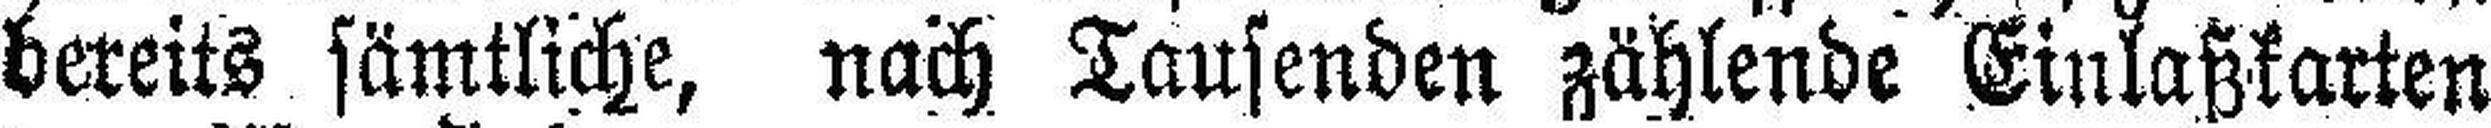
bereits sämtliche, nach Tausenden zählende Einlaßkarten